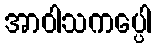
အာဝါသကပ္ပေါ